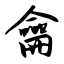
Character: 龠